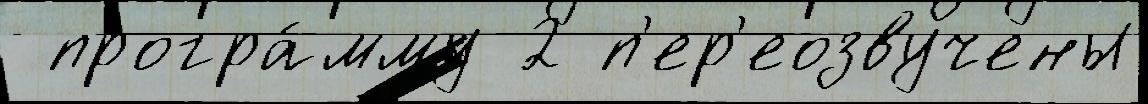
 програ́мму 2 п'ер'еозвучены